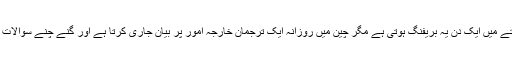
پاکستان میں تو ہفتے میں ایک دن یہ بریفنگ ہوتی ہے مگر چین میں روزانہ ایک ترجمان خارجہ امور پر بیان جاری کرتا ہے اور گنے چنے سوالات کا جواب دیتا ہے۔